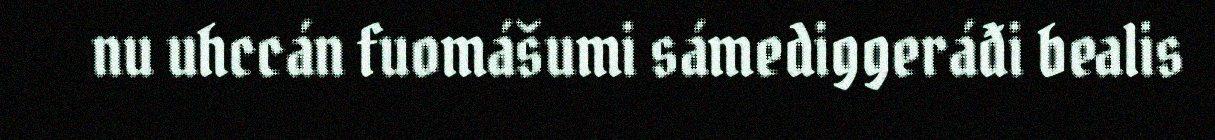
nu uhccán fuomášumi sámediggeráđi bealis